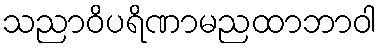
သညာဝိပရိဏာမညထာဘာဝါ